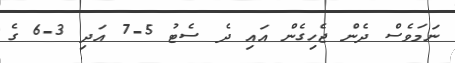
ނަމަވެސް ދެން ޖެހިގެން އައި ދެ ސެޓު 5-7 އަދި 3-6 ގެ